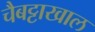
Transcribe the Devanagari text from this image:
चैबट्टाखाल